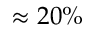
\approx 2 0 \%